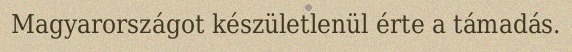
Magyarországot készületlenül érte a támadás.